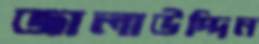
জালাউদ্দিন